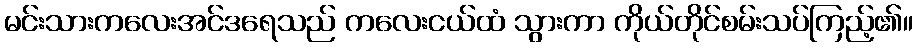
မင်းသားကလေးအင်ဒရေသည် ကလေးငယ်ထံ သွားကာ ကိုယ်တိုင်စမ်းသပ်ကြည့်၏။